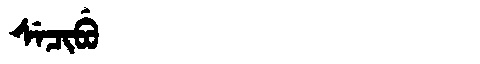
Manchu: ᠰᡝᠴᡳᠪᡠ
Romanization: SECIBU